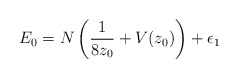
\begin{align*}E_0 = N\left(\frac{1}{8z_0}+ V(z_0)\right) + \epsilon_1\end{align*}